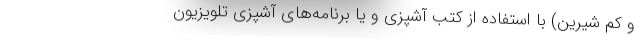
و کم شیرین) با استفاده از کتب آشپزی و یا برنامه‌های آشپزی تلویزیون